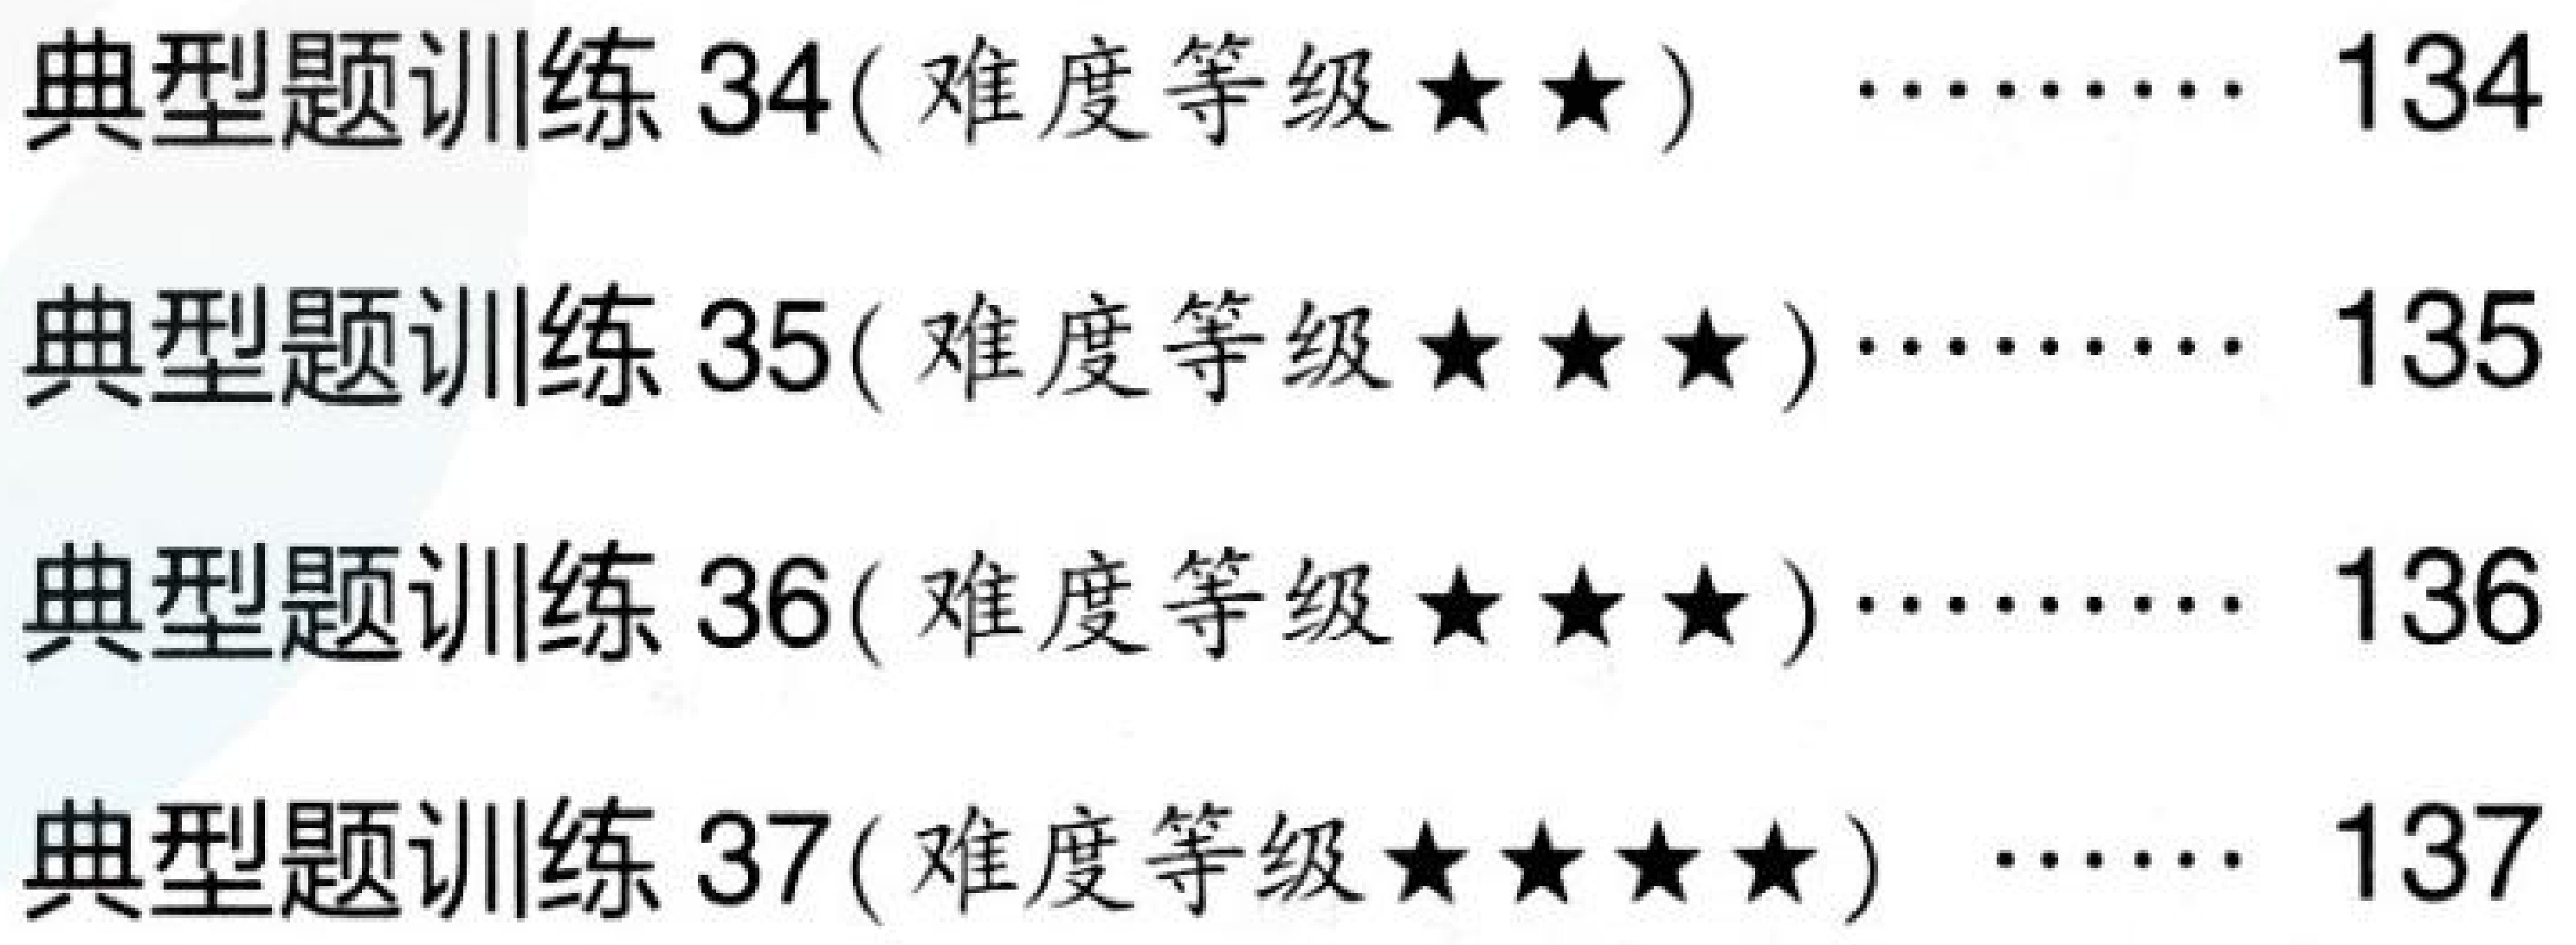
典型题训练 34( 难度等级★★)  \ \ \ \cdots\cdots 134
典型题训练 35( 难度等级★★★) \cdots\cdots 135
典型题训练 36( 难度等级★★★) \cdots\cdots 136
典型题训练 37( 难度等级★★★★)  \ \ \cdots\cdots 137